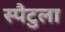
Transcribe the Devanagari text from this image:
स्पैटुला